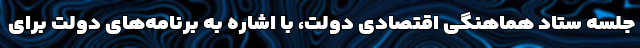
جلسه ستاد هماهنگی اقتصادی دولت، با اشاره به برنامه‌های دولت برای